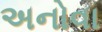
અનોવા